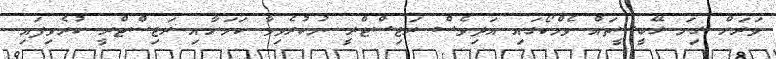
ވަރަށް ގިނަ ގޭބީސީތައް ވެމްކޯގައި އަދިވެސް ރަޖިސްޓްރީ ނުކުރެވިވާ ކަމަށާއި ރަޖިސްޓްރީ ކުރެވިފައި